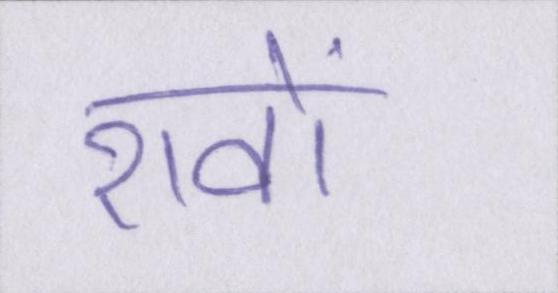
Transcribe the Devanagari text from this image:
शवों